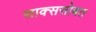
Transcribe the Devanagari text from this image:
साक्ससोबत